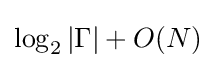
\log _{2}|\Gamma |+O(N)